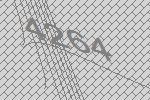
4264